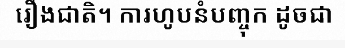
រឿងជាតិ។ ការហូបនំបញ្ចុក ដូចជា